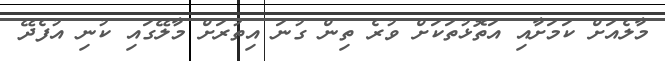
މާލެއަށް ކަމަށާއި އަތޮޅުތަކަށް ވުރެ ތިން ގުނަ އިތުރަށް މާލޭގައި ކުނި އުފެދޭ